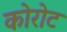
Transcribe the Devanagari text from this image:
कोरोट